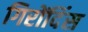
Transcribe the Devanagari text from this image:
गिरोंदिंस